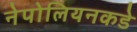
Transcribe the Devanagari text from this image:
नेपोलियनकडे